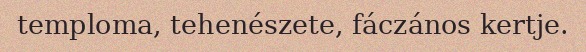
temploma, tehenészete, fáczános kertje.